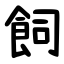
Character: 飼